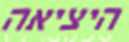
היציאה